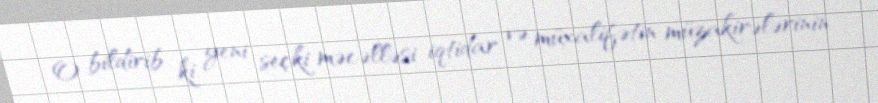
O bildirib ki, yeni seçki məcəlləsi iqtidar və müxalifətin müzakirələrinin